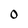
Character: 0